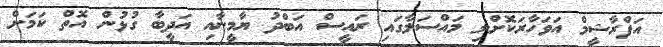
އަފްރާޝީމް އަވަހާރަކޮށްލި މައްސަލާގައި ރައީސް އަބްދު ޔާމީނާއި އަދީބާ ގުޅުން އޮތް ކަމަށް